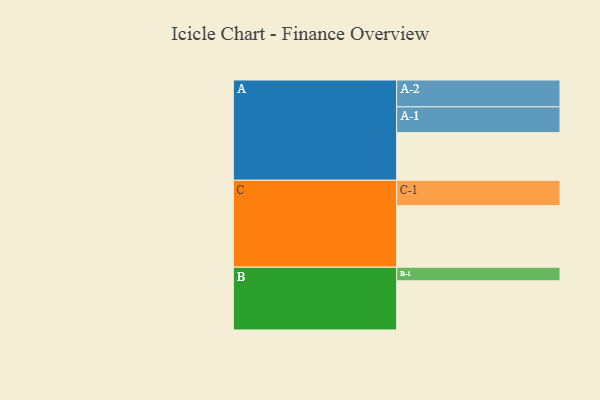
{"axis": {"x": "Segment", "y": "Value"}, "legend": ["", "A", "B", "C"], "data": [{"x": "A", "y": 371, "type": ""}, {"x": "B", "y": 383, "type": ""}, {"x": "C", "y": 479, "type": ""}, {"x": "A-1", "y": 201, "type": "A"}, {"x": "A-2", "y": 209, "type": "A"}, {"x": "B-1", "y": 106, "type": "B"}, {"x": "C-1", "y": 198, "type": "C"}]}